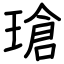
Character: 瑲